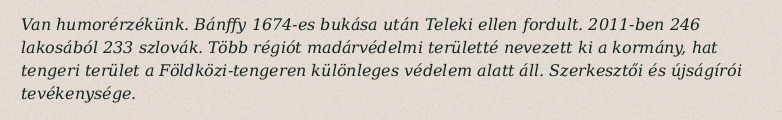
Van humorérzékünk. Bánffy 1674-es bukása után Teleki ellen fordult. 2011-ben 246 lakosából 233 szlovák. Több régiót madárvédelmi területté nevezett ki a kormány, hat tengeri terület a Földközi-tengeren különleges védelem alatt áll. Szerkesztői és újságírói tevékenysége.